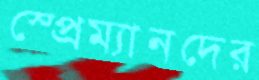
স্প্রেম্যানদের